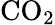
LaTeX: \textup{CO}_{2}